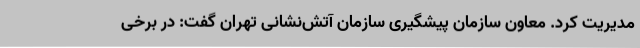
مدیریت کرد. معاون سازمان پیشگیری سازمان آتش‌نشانی تهران گفت: در برخی